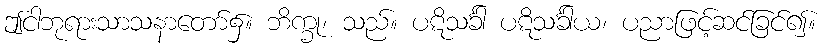
ဤငါဘုရားသာသနာတော်၌။ ဘိက္ခု၊ သည်။ ပဋိသင်္ခါ ပဋိသင်္ခါယ၊ ပညာဖြင့်ဆင်ခြင်၍။